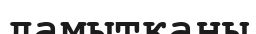
дамытқаны